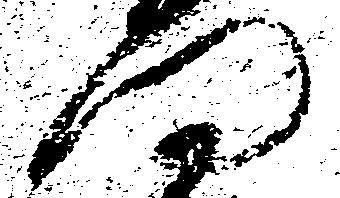
門